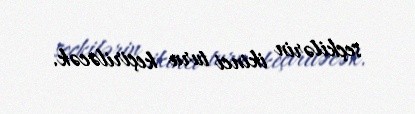
seçkilərin ikinci turu keçiriləcək.